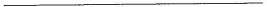
___